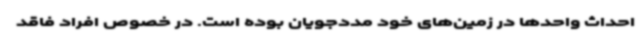
احداث واحدها در زمین‌های خود مددجویان بوده است. در خصوص افراد فاقد